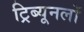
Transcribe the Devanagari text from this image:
ट्रिब्यूनलों